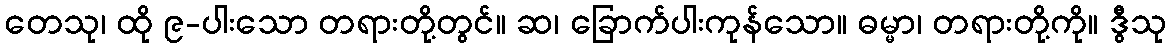
တေသု၊ ထို ၉-ပါးသော တရားတို့တွင်။ ဆ၊ ခြောက်ပါးကုန်သော။ ဓမ္မာ၊ တရားတို့ကို။ ဒွီသု